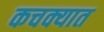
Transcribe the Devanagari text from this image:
कचक्यात